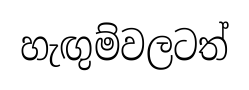
හැඟුම්වලටත්